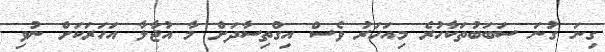
ގިނަ ގުނަ ސަބަބުތަކާހުރެ މިއަހަރު ވެސް އިގްތިސާދަށް މާ އުޖާލާ އަހަރަކަށް ނުވި